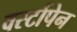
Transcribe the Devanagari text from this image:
वर्स्टापेन